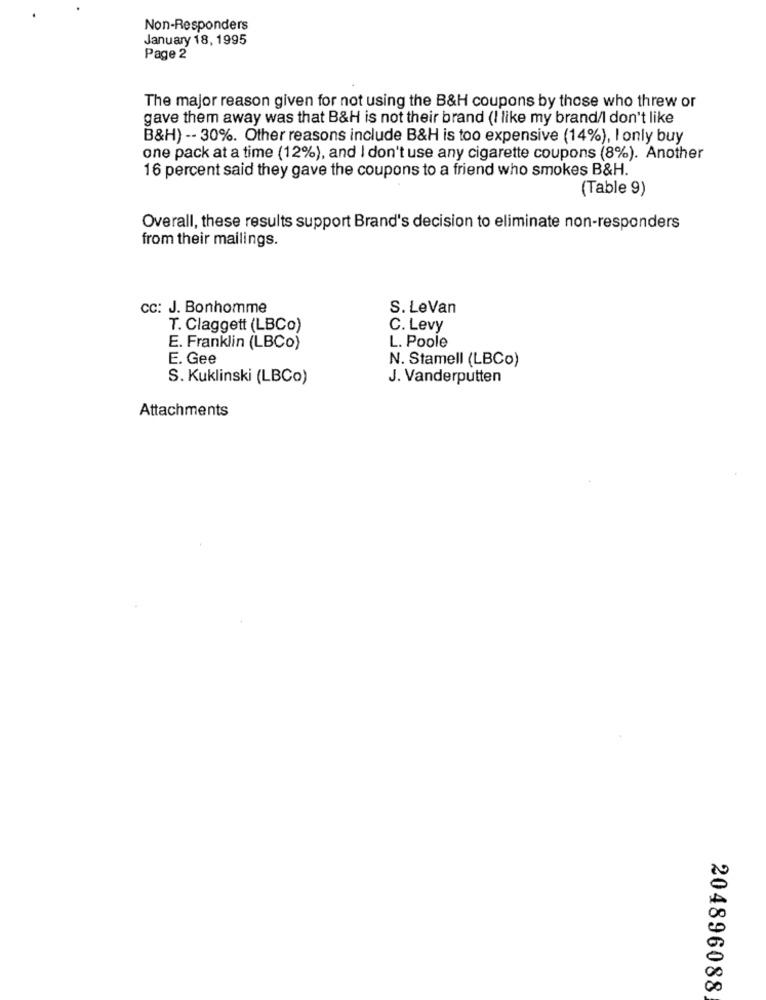
Non-Responders
January 18, 1995
Page 2
The major reason given for not using the B&H coupons by those who threw or
gave them away was that B&H is not their brand (I like my brand/I don't like
B&H) -- 30%. Other reasons include B&H is too expensive (14%), I only buy
one pack at a time (12%), and I don't use any cigarette coupons (8%). Another
16 percent said they gave the coupons to a friend who smokes B&H.
(Table 9)
Overall, these results support Brand's decision to eliminate non-responders
from their mailings.
CC: J. Bonhomme
S. LeVan
T. Claggett (LBCo)
C. Levy
E. Franklin (LBCo)
L. Poole
E. Gee
N. Stamell (LBCo)
S. Kuklinski (LBCo)
J. Vanderputten
Attachments
00
00
204896088